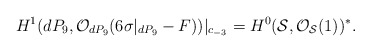
\begin{align*}H^{1} (dP_9, {\cal O}_{dP_9} (6 \sigma|_{dP_9} -F))|_{c_{-3}}=H^{0} ({\cal S}, {\cal O}_{{\cal S}} (1))^{*}.\end{align*}